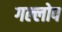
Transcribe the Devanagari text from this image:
गल्लोप